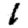
Digit: 1